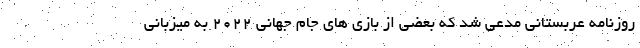
روزنامه عربستانی مدعی شد که بعضی از بازی های جام جهانی ۲۰۲۲ به میزبانی